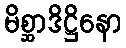
မိစ္ဆာဒိဋ္ဌိနော